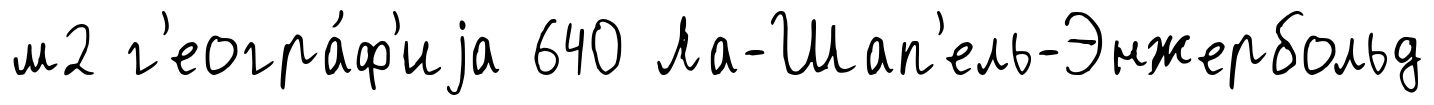
м2 г'еогра́ф'иjа 640 Ла-Шап'ель-Энжербольд